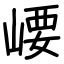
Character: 崾